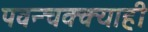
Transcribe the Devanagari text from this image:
पवन्चक्क्याही